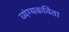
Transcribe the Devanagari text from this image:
व्यंग्यकविता